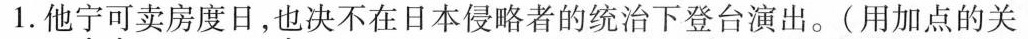
1.他宁可卖房度日，也决不在日本侵略者的统治下登台演出。(用加点的关